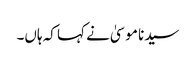
سیدنا موسیٰ نے کہا کہ ہاں۔